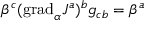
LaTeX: \beta ^ { c } ( \mathrm { g r a d } _ { \alpha } J ^ { a } ) ^ { b } g _ { c b } = \beta ^ { a }